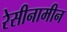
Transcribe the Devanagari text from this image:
रेसीनामीन